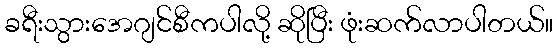
ခရီးသွားအေဂျင်စီကပါလို့ ဆိုပြီး ဖုံးဆက်လာပါတယ်။